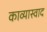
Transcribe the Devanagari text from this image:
काव्यास्वाद